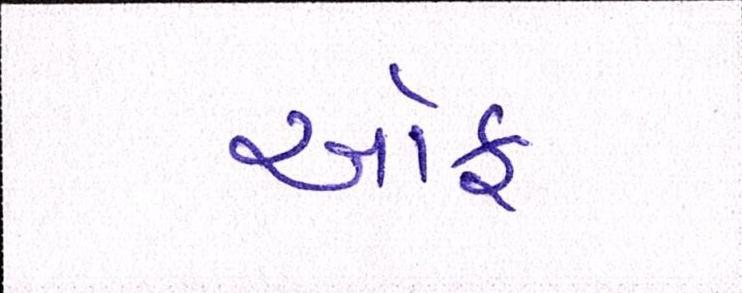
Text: ઑફ